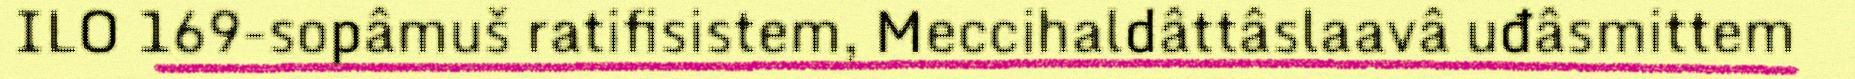
ILO 169-sopâmuš ratifisistem, Meccihaldâttâslaavâ uđâsmittem